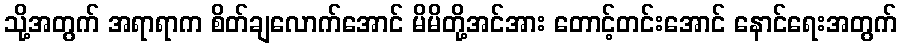
သို့အတွက် အရာရာက စိတ်ချလောက်အောင် မိမိတို့အင်အား တောင့်တင်းအောင် နောင်ရေးအတွက်